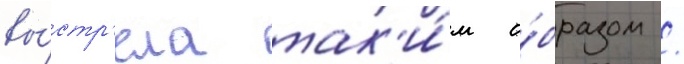
вы́стр'ела так'и́м о́бразом /